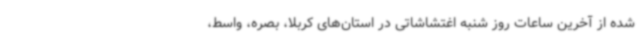
شده از آخرین ساعات روز شنبه اغتشاشاتی در استان‌های کربلا، بصره، واسط،